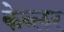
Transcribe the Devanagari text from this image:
केब्लर